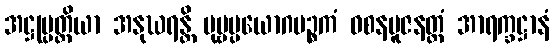
အဋ္ဌုပ္ပတ္တိယာ အနုဃရန္တိ ပုဗ္ဗပ္ပယောဂပဉ္စကံ ဝစနပူဇနတ္ထံ အာရက္ခဋ္ဌာနံ